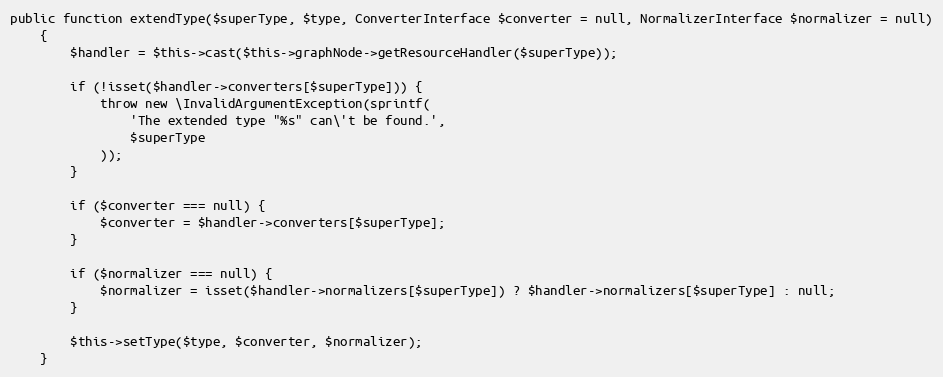
Language: PHP
public function extendType($superType, $type, ConverterInterface $converter = null, NormalizerInterface $normalizer = null)
    {
        $handler = $this->cast($this->graphNode->getResourceHandler($superType));

        if (!isset($handler->converters[$superType])) {
            throw new \InvalidArgumentException(sprintf(
                'The extended type "%s" can\'t be found.',
                $superType
            ));
        }

        if ($converter === null) {
            $converter = $handler->converters[$superType];
        }

        if ($normalizer === null) {
            $normalizer = isset($handler->normalizers[$superType]) ? $handler->normalizers[$superType] : null;
        }

        $this->setType($type, $converter, $normalizer);
    }